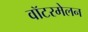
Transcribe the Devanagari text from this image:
वॉटरमेलन